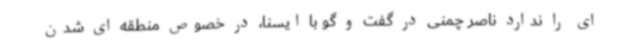
ای را ندارد ناصر چمنی در گفت و گو با ایسنا، در خصوص منطقه ای شدن